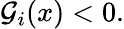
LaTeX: \mathcal{G}_{i}(x)<0.